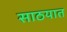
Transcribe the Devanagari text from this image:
साठयात